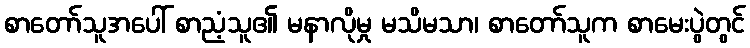
စာတော်သူအပေါ် စာညံ့သူ၏ မနာလိုမှု မသိမသာ၊ စာတော်သူက စာမေးပွဲတွင်